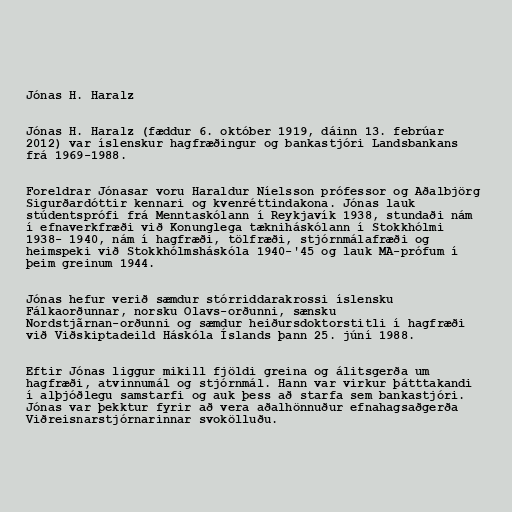
Jónas H. Haralz

Jónas H. Haralz (fæddur 6. október 1919, dáinn 13. febrúar
2012) var íslenskur hagfræðingur og bankastjóri Landsbankans
frá 1969-1988.

Foreldrar Jónasar voru Haraldur Níelsson prófessor og Aðalbjörg
Sigurðardóttir kennari og kvenréttindakona. Jónas lauk
stúdentsprófi frá Menntaskólann í Reykjavík 1938, stundaði nám
í efnaverkfræði við Konunglega tækniháskólann í Stokkhólmi
1938- 1940, nám í hagfræði, tölfræði, stjórnmálafræði og
heimspeki við Stokkhólmsháskóla 1940-'45 og lauk MA-prófum í
þeim greinum 1944.

Jónas hefur verið sæmdur stórriddarakrossi íslensku
Fálkaorðunnar, norsku Olavs-orðunni, sænsku
Nordstjãrnan-orðunni og sæmdur heiðursdoktorstitli í hagfræði
við Viðskiptadeild Háskóla Íslands þann 25. júní 1988.

Eftir Jónas liggur mikill fjöldi greina og álitsgerða um
hagfræði, atvinnumál og stjórnmál. Hann var virkur þátttakandi
í alþjóðlegu samstarfi og auk þess að starfa sem bankastjóri.
Jónas var þekktur fyrir að vera aðalhönnuður efnahagsaðgerða
Viðreisnarstjórnarinnar svokölluðu.